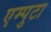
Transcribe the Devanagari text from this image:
एम्पुटा